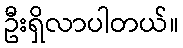
ဦးရှိလာပါတယ်။